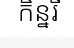
កិន្នរី